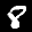
Label: 8